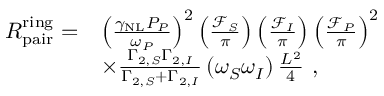
\begin{array} { r l } { R _ { \mathrm { p a i r } } ^ { \mathrm { r i n g } } = } & { \left( \frac { \gamma _ { \mathrm { N L } } P _ { P } } { \omega _ { P } } \right) ^ { 2 } \left( \frac { \mathcal { F } _ { S } } { \pi } \right) \left( \frac { \mathcal { F } _ { I } } { \pi } \right) \left( \frac { \mathcal { F } _ { P } } { \pi } \right) ^ { 2 } } \\ & { \times \frac { \Gamma _ { 2 , S } \Gamma _ { 2 , I } } { \Gamma _ { 2 , S } + \Gamma _ { 2 , I } } \left( \omega _ { S } \omega _ { I } \right) \frac { L ^ { 2 } } { 4 } \ , } \end{array}